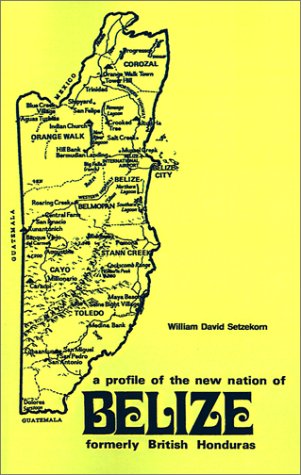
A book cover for Formerly British Honduras: A Profile Of The New Nation Of Belize; William David Setzekorn; Travel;